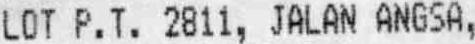
LOT P. T. 2811, JALAN ANGSA,